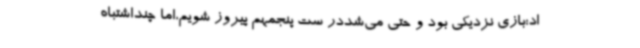
اد:بازی نزدیکی بود و حتی می‌شددر ست‌ پنجمهم پیروز شویم،اما چنداشتباه